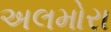
અલમોરા